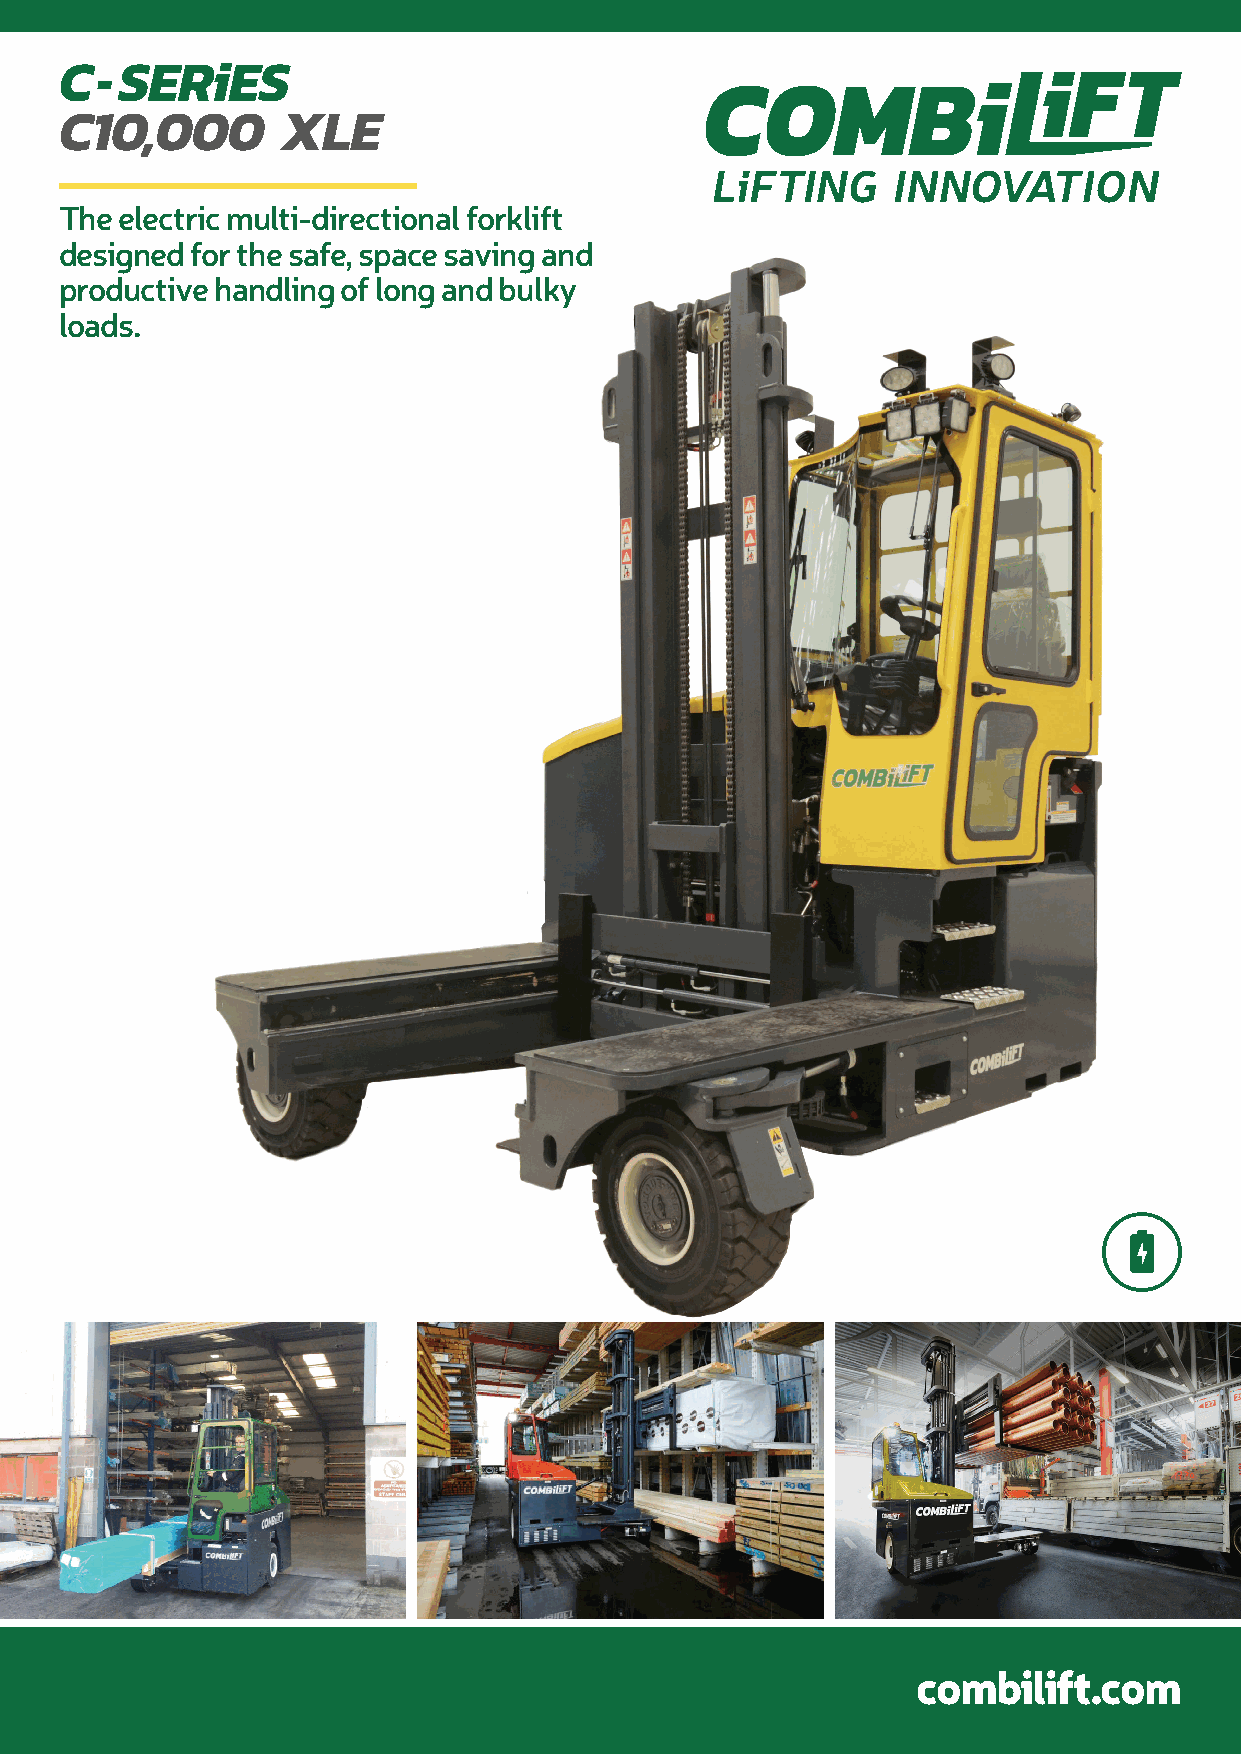
C-SERiES
 C10,000        XLE
 The electric multi-directional forklift
 designed for the safe, space saving and
 productive handling of long and bulky
 loads.
 combilift.com